Report on the working of the Ranchi Indian Mental Hospital, Kanke, in Bihar and Orissa - 1930-1940
Year: 1930
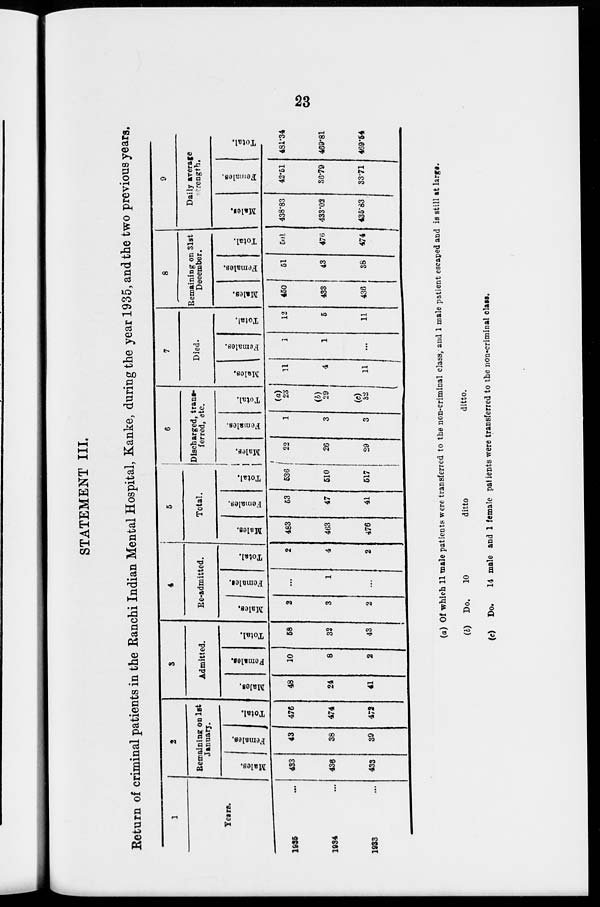
23
STATEMENT III.
Return of criminal patients in the Ranchi Indian Mental Hospital, Kanke, during the year 1935, and the two previous years.
1
Years.
1935 ...
1934 ...
1933 ...
2
Remaining on 1st
January.
Males.
433
436
433
Females.
43
38
39
Total.
476
474
472
3
Admitted.
Males.
48
24
41
Females.
10
8
2
Total.
58
32
43
4
Re-admitted.
Males.
2
3
2
Females.
...
1
...
Total.
2
4
2
5
Total.
Males.
483
463
476
Females.
53
47
41
Total.
536
510
517
6
Discharged, trans-
ferred, etc.
Males.
22
26
29
Females.
1
3
3
Total.
(a)
23
(b)
29
(c)
32
7
Died.
Males.
11
4
11
Females.
1
1
...
Total.
12
5
11
8
Remaining on 31st
December.
Males.
450
433
436
Females.
51
43
38
Total.
501
476
474
9
Daily average
strength.
Males.
438.83
433.02
435.83
Females.
42.51
36.79
33.71
Total.
481.34
469.81
469.54
(a) Of which 11 male patients were transferred to the non-criminal class, and 1 male patient escaped and is still at large.
(b) Do.
10
ditto
ditto.
(c) Do.
14 male and 1 female patients were transferred to the non-criminal class.